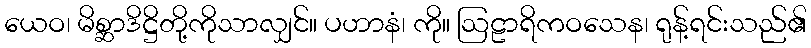
ယေဝ၊ မိစ္ဆာဒိဋ္ဌိတို့ကိုသာလျှင်။ ပဟာနံ၊ ကို။ ဩဠာရိကဝသေန၊ ရုန့်ရင်းသည်၏